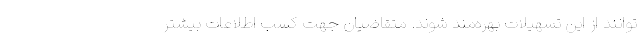
­توانند از این تسهیلات بهره‌مند شوند. متقاضیان جهت کسب اطلاعات بیشتر